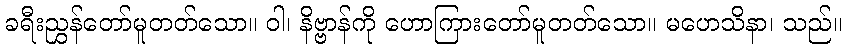
ခရီးညွှန်တော်မူတတ်သော။ ဝါ၊ နိဗ္ဗာန်ကို ဟောကြားတော်မူတတ်သော။ မဟေသိနာ၊ သည်။